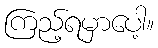
ကြည့်ရမှာပေါ့။